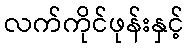
လက်ကိုင်ဖုန်းနှင့်